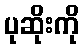
ပုဆိုးကို